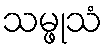
သမ္ဖုသံ